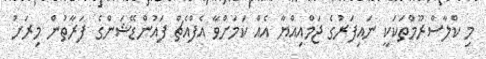
މި ކްލާސްރޫމްތަކަކީ ނައިފަރުގެ ޖަމްއިއްޔާ އެއް ކަމަށްވާ އެފްއެޗް ފައުންޑޭޝަންގެ ފަރާތުން މިރަށު